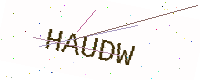
Text: HAUDW